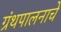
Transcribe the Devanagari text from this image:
ग्रंथपालनाचे